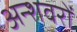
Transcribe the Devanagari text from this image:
अन्शवरों